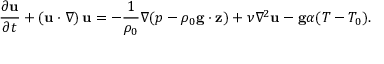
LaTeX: { \frac { \partial \mathbf { u } } { \partial t } } + \left( \mathbf { u } \cdot \nabla \right) \mathbf { u } = - { \frac { 1 } { \rho _ { 0 } } } \nabla ( p - \rho _ { 0 } \mathbf { g } \cdot \mathbf { z } ) + \nu \nabla ^ { 2 } \mathbf { u } - \mathbf { g } \alpha ( T - T _ { 0 } ) .